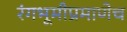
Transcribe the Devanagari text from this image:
रंगभूमीप्रमाणेच